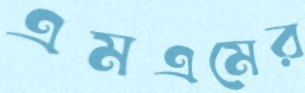
এমএমের